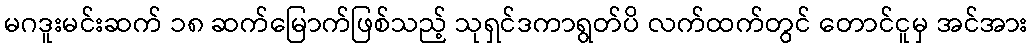
မဂဒူးမင်းဆက် ၁၈ ဆက်မြောက်ဖြစ်သည့် သုရှင်ဒကာရွတ်ပိ လက်ထက်တွင် တောင်ငူမှ အင်အား